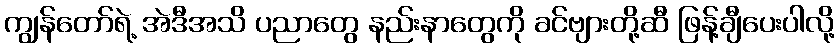
ကျွန်တော်ရဲ့ အဲဒီအသိ ပညာတွေ နည်းနာတွေကို ခင်ဗျားတို့ဆီ ဖြန့်ချီပေးပါလို့